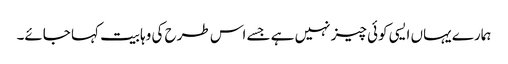
ہمارے یہاں ایسی کوئی چیز نہیں ہے جسے اس طرح کی وہابیت کہا جائے۔